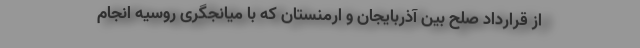
از قرارداد صلح بین آذربایجان و ارمنستان که با میانجگری روسیه انجام